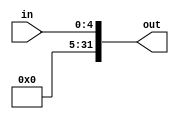
module ZeroEx(in, out);

    input [4:0] in;
    output reg [31:0] out;
    
    always @(in) begin
        out[31:5] = 27'b0;
        out[4:0] = in;
    end
endmodule